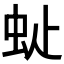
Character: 𧉆